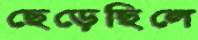
ছেড়েছিলে